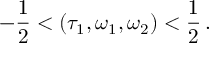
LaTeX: - \frac { 1 } { 2 } < ( \tau _ { 1 } , \omega _ { 1 } , \omega _ { 2 } ) < \frac { 1 } { 2 } \, .